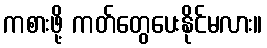
ကစားဖို့ ကတ်တွေပေးနိုင်မလား။